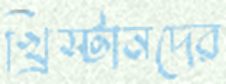
খ্রিস্টানদের